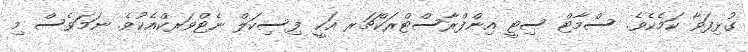
ގުޅިފަވާ ކަމެކެވެ. ސްމާޓް ސިޓީ އިންފްރާސްޓްރަކްޗަރ އަކީ ފިސިކަލް ނެޓްވަރކްއެކުވެ. ނަމަވެސް މި